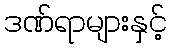
ဒဏ်ရာများနှင့်